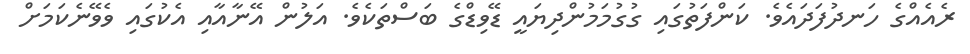
ރެއެއްގެ ހަނދުފަދައެވެ. ކަންފަތުގައި ގުގުމަމުންދިޔައީ ޑޭވިޑްގެ ބަސްތަކެވެ. އަލުން އޭނާއާއި އެކުގައި ވެވޭނެކަމަށް